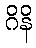
ဂိနိ